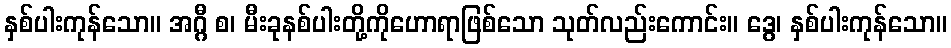
နှစ်ပါးကုန်သော။ အဂ္ဂီ စ၊ မီးခုနစ်ပါးတို့ကိုဟောရာဖြစ်သော သုတ်လည်းကောင်း။ ဒွေ၊ နှစ်ပါးကုန်သော။